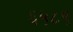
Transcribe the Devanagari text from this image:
६५८९